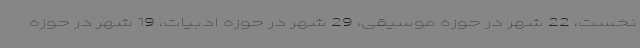
نخست، 22 شهر در حوزه موسیقی، 29 شهر در حوزه ادبیات، 19 شهر در حوزه